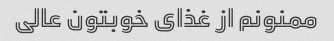
ممنونم از غذای خوبتون عالی